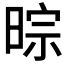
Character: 𣇼